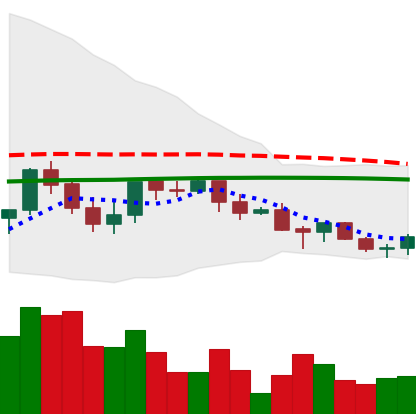
Ticker: LINK-USD
Chart end date: 2021-06-13
Forward return: -9.112%
Label: down_7plus